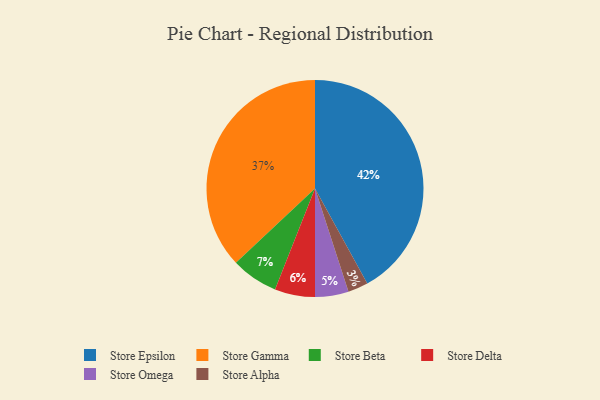
{"axis": {"x": "Category", "y": "Percentage"}, "legend": ["Store Alpha", "Store Beta", "Store Delta", "Store Epsilon", "Store Gamma", "Store Omega"], "data": [{"x": "Store Gamma", "y": 37, "type": "Store Gamma"}, {"x": "Store Beta", "y": 7, "type": "Store Beta"}, {"x": "Store Delta", "y": 6, "type": "Store Delta"}, {"x": "Store Alpha", "y": 3, "type": "Store Alpha"}, {"x": "Store Omega", "y": 5, "type": "Store Omega"}, {"x": "Store Epsilon", "y": 42, "type": "Store Epsilon"}]}